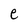
Character: e